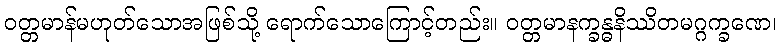
ဝတ္တမာန်မဟုတ်သောအဖြစ်သို့ ရောက်သောကြောင့်တည်း။ ဝတ္တမာနက္ခန္ဓနိဿိတမဂ္ဂက္ခဏေ၊